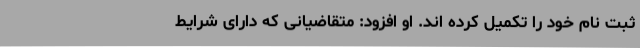
ثبت نام خود را تکمیل کرده اند. او افزود: متقاضیانی که دارای شرایط